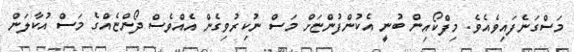
މަސްގަނެފައިވެއެވެ. މިފްކޯއިން ބުނީ އެކުންފުންޏަށް މަސް ނުކިރުވިގެން އެއްވެސް ދޯންޏެއްގެ މަސް އުކާލަން